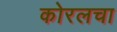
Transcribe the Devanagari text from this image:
कोरलचा